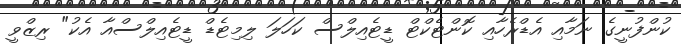
ކުންފުނީގެ ނަމާއި އެޑްރެހާއި ކޮންޓެކްޓް ޑީޓެއިލްސް ކަހަލަ ލިމިޓެޑް ޑީޓެއިލްސްއާ އެކު" ރިޒްވީ